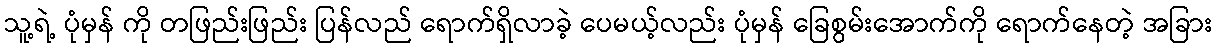
သူ့ရဲ့ ပုံမှန် ကို တဖြည်းဖြည်း ပြန်လည် ရောက်ရှိလာခဲ့ ပေမယ့်လည်း ပုံမှန် ခြေစွမ်းအောက်ကို ရောက်နေတဲ့ အခြား